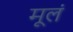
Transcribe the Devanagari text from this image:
मूलं